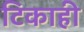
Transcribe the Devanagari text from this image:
टिकाही